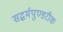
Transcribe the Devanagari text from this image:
सद्धर्मपुण्डरीक